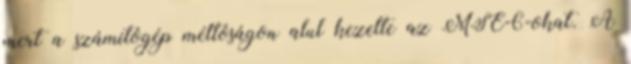
mert a számítógép méltóságon alul kezelte az MSE-6-okat. A